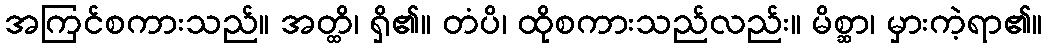
အကြင်စကားသည်။ အတ္ထိ၊ ရှိ၏။ တံပိ၊ ထိုစကားသည်လည်း။ မိစ္ဆာ၊ မှားကဲ့ရာ၏။